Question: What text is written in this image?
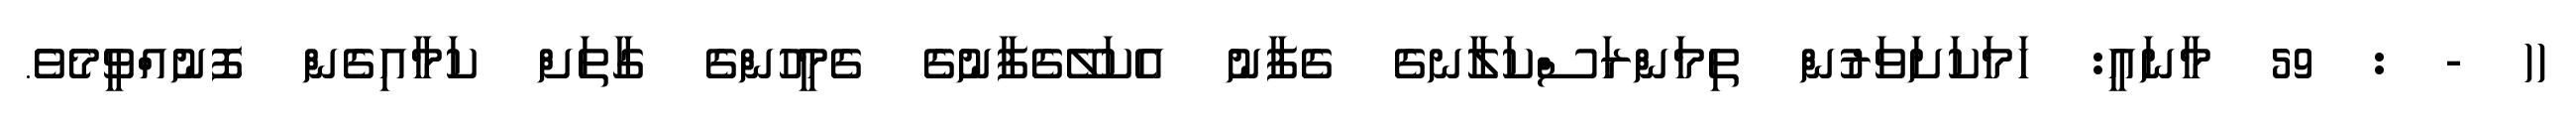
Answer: (( - : 59 މާނައީ: ހަމަކަށަވަރުން ތިމަންރަސްކަލާނގެ ގެފާނު އެކަލޭގެފާނުގެ ގެމީހުންގެ ގާތަށް ކަމާއިގެން ފޮނުއްވީމެވެ.